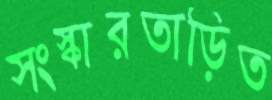
সংস্কারতাড়িত